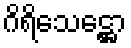
ဂိရိသေဋ္ဌော